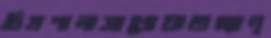
চিত্রশালাসাখোয়াতগ্ল্যান্